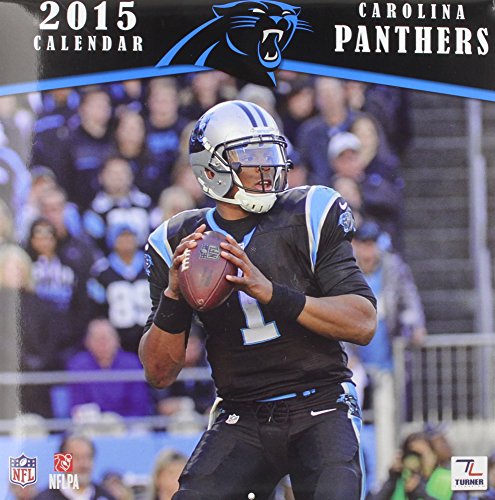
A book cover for Carolina Panthers Calendar; Calendars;